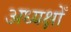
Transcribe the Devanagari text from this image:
अध्यक्षोँ